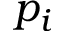
p _ { i }